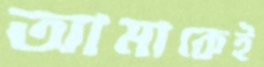
আমাকেই